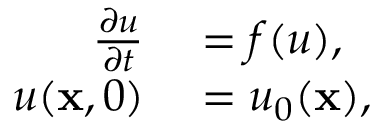
\begin{array} { r l } { \frac { \partial u } { \partial t } } & { { } = f ( u ) , } \\ { u ( \mathbf { x } , 0 ) } & { { } = u _ { 0 } ( \mathbf { x } ) , } \end{array}